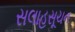
સલાહસૂચન